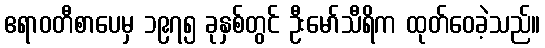
ဧရာဝတီစာပေမှ ၁၉၇၅ ခုနှစ်တွင် ဦးမော်သီရိက ထုတ်ဝေခဲ့သည်။